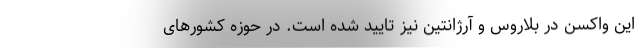
این واکسن در بلاروس و آرژانتین نیز تایید شده است. در حوزه کشورهای